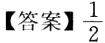
【答案】\(\frac{1}{2}\)